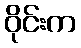
ဝိုင်းက